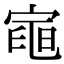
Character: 𭔌